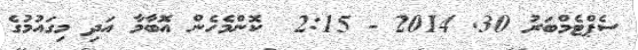
ސެޕްޓެމްބަރު 30